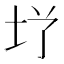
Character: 𮰜